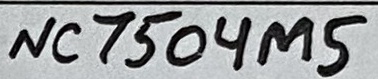
Text: NC7504M5